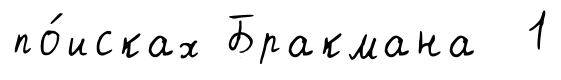
по́исках Бракмана 1